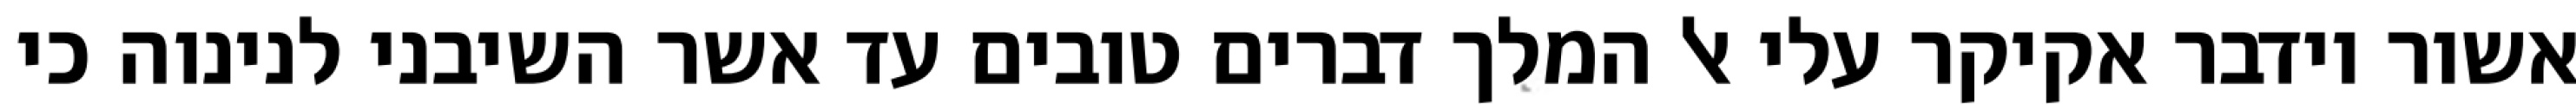
אשור וידבר אקיקר עלי אל המלך דברים טובים עד אשר השיבני לנינוה כי